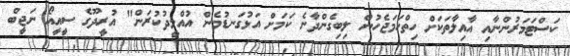
ކަސްޓަމަރުންނާއި އާއިލާތަކަށް ހިތްހަމަޖެހުން ލިބިގެންދާނެ ކަމަށް އަޅުގަނޑުމެން އުއްމީދުކުރަން" އުރީދޫގެ ސީއީއޯ ނަޖީބް